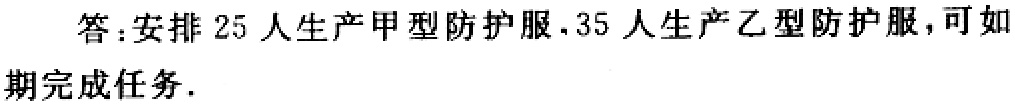
答：安排 \(25\) 人生产甲型防护服，\(35\) 人生产乙型防护服，可如期完成任务.